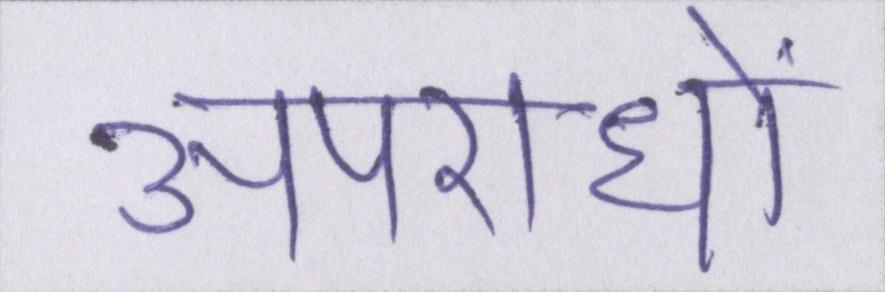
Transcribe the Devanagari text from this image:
अपराधों